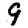
Digit: 9